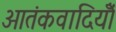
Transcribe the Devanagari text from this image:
आतंकवादियोँ